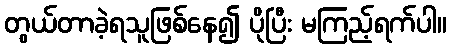
တွယ်တာခဲ့ရသူဖြစ်နေ၍ ပိုပြီး မကြည့်ရက်ပါ။